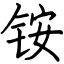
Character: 铵